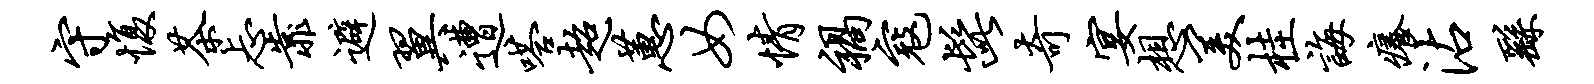
守愎茶忐靠避翼遭嗒超蕙女情祸寇髭奇宴想美桂诲痒沾繇